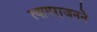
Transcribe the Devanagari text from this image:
त्यागराजनने